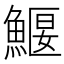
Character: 鰋